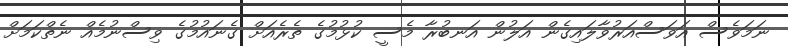
ނަމަވެސް އަވަސްއަރުވާލައިގެން އަލުން އަނބުރާ މެސީ ކުޅުމުގެ ތެރެއަށް ގެނައުމުގެ ވިސްނުމެއް ނެތްކަމަށް